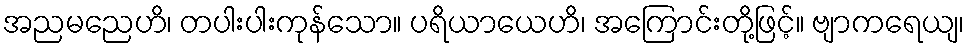
အညမညေဟိ၊ တပါးပါးကုန်သော။ ပရိယာယေဟိ၊ အကြောင်းတို့ဖြင့်။ ဗျာကရေယျ၊